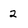
Character: 2